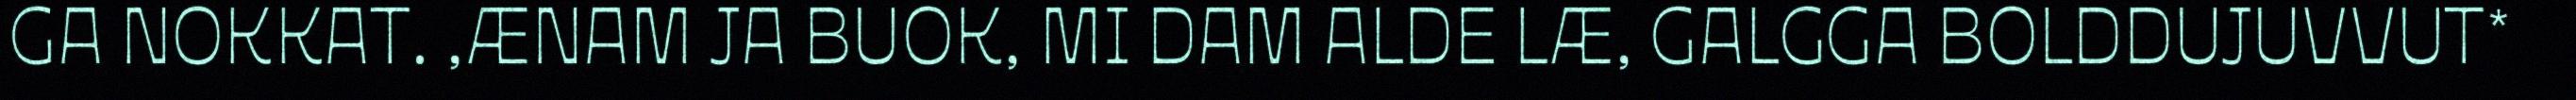
GA NOKKAT. ,ÆNAM JA BUOK, MI DAM ALDE LÆ, GALGGA BOLDDUJUVVUT*